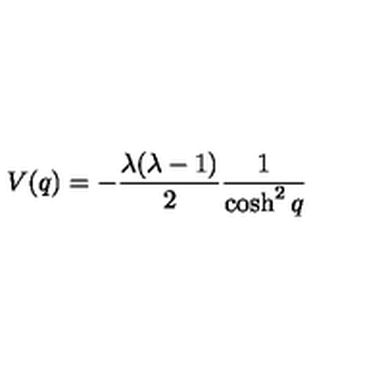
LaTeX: V ( q ) = - \frac { \lambda ( \lambda - 1 ) } { 2 } \frac { 1 } { \cosh ^ { 2 } q }